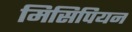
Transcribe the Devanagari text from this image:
मिसिपियन